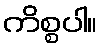
ကိစ္စပါ။